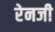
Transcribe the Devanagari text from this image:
रेनजी